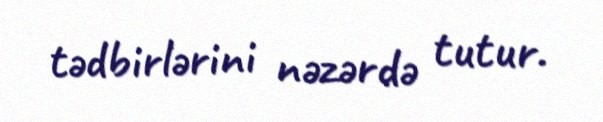
tədbirlərini nəzərdə tutur.